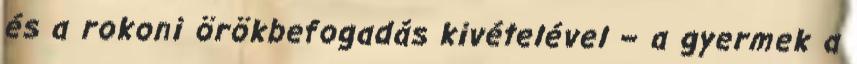
és a rokoni örökbefogadás kivételével – a gyermek a